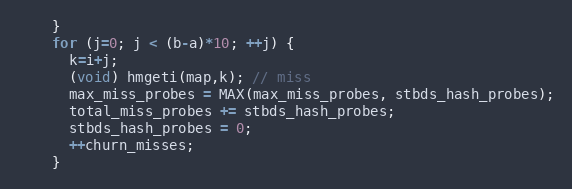
Language: C++
    }
    for (j=0; j < (b-a)*10; ++j) {
      k=i+j;
      (void) hmgeti(map,k); // miss
      max_miss_probes = MAX(max_miss_probes, stbds_hash_probes);
      total_miss_probes += stbds_hash_probes;
      stbds_hash_probes = 0;
      ++churn_misses;
    }